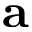
\mathbf { a }